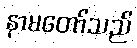
နာမတော်သည်